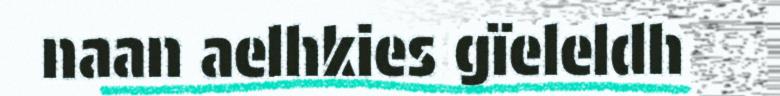
naan aelhkies gïeleldh